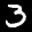
Label: 3